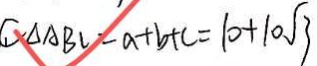
C _ { \Delta A B C } = a + b + c = 1 0 + 1 0 \sqrt { 3 }